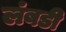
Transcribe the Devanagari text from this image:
लंबडी